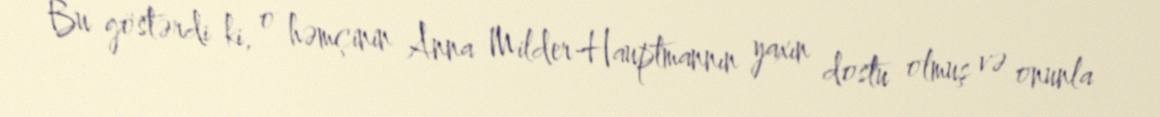
Bu göstərdi ki, o həmçinin Anna Milder-Hauptmannın yaxın dostu olmuş və onunla